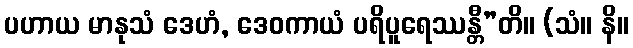
ပဟာယ မာနုသံ ဒေဟံ, ဒေဝကာယံ ပရိပူရေဿန္တီ”တိ။ (သံ။ နိ။